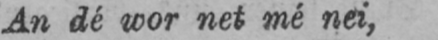
An dé wor net mé nei,